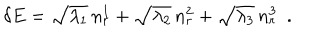
LaTeX: \delta E = \sqrt { \lambda _ { 1 } } \, n _ { r } ^ { 1 } + \sqrt { \lambda _ { 2 } } \, n _ { r } ^ { 2 } + \sqrt { \lambda _ { 3 } } \, n _ { r } ^ { 3 } ~ ~ .